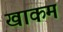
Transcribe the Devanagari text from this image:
खाकम